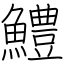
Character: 鱧